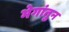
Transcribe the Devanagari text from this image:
भेगांतुन